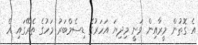
އެ ގޮތުން މީރާއިން ވަނީ މިދިޔަ އަހަރުގެ ޑިސެމްބަރު މަހުގެ ތެރޭގައި އެ